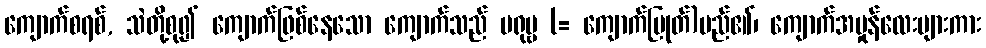
ကျောက်စရစ်, သဲတို့စု၍ ကျောက်ဖြစ်နေသော ကျောက်သည် မရုမ္ဗ (= ကျောက်ပြုတ်)မည်၏၊ ကျောက်အမှုန်လေးများကား